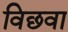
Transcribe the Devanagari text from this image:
विछवा